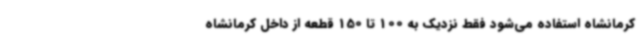
کرمانشاه استفاده می‌شود فقط نزدیک به 100 تا 150 قطعه از داخل کرمانشاه